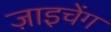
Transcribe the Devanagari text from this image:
ज़ाइचेंग